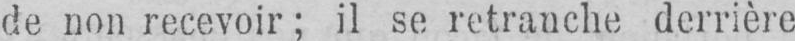
de non recevoir; il se retranche derrière